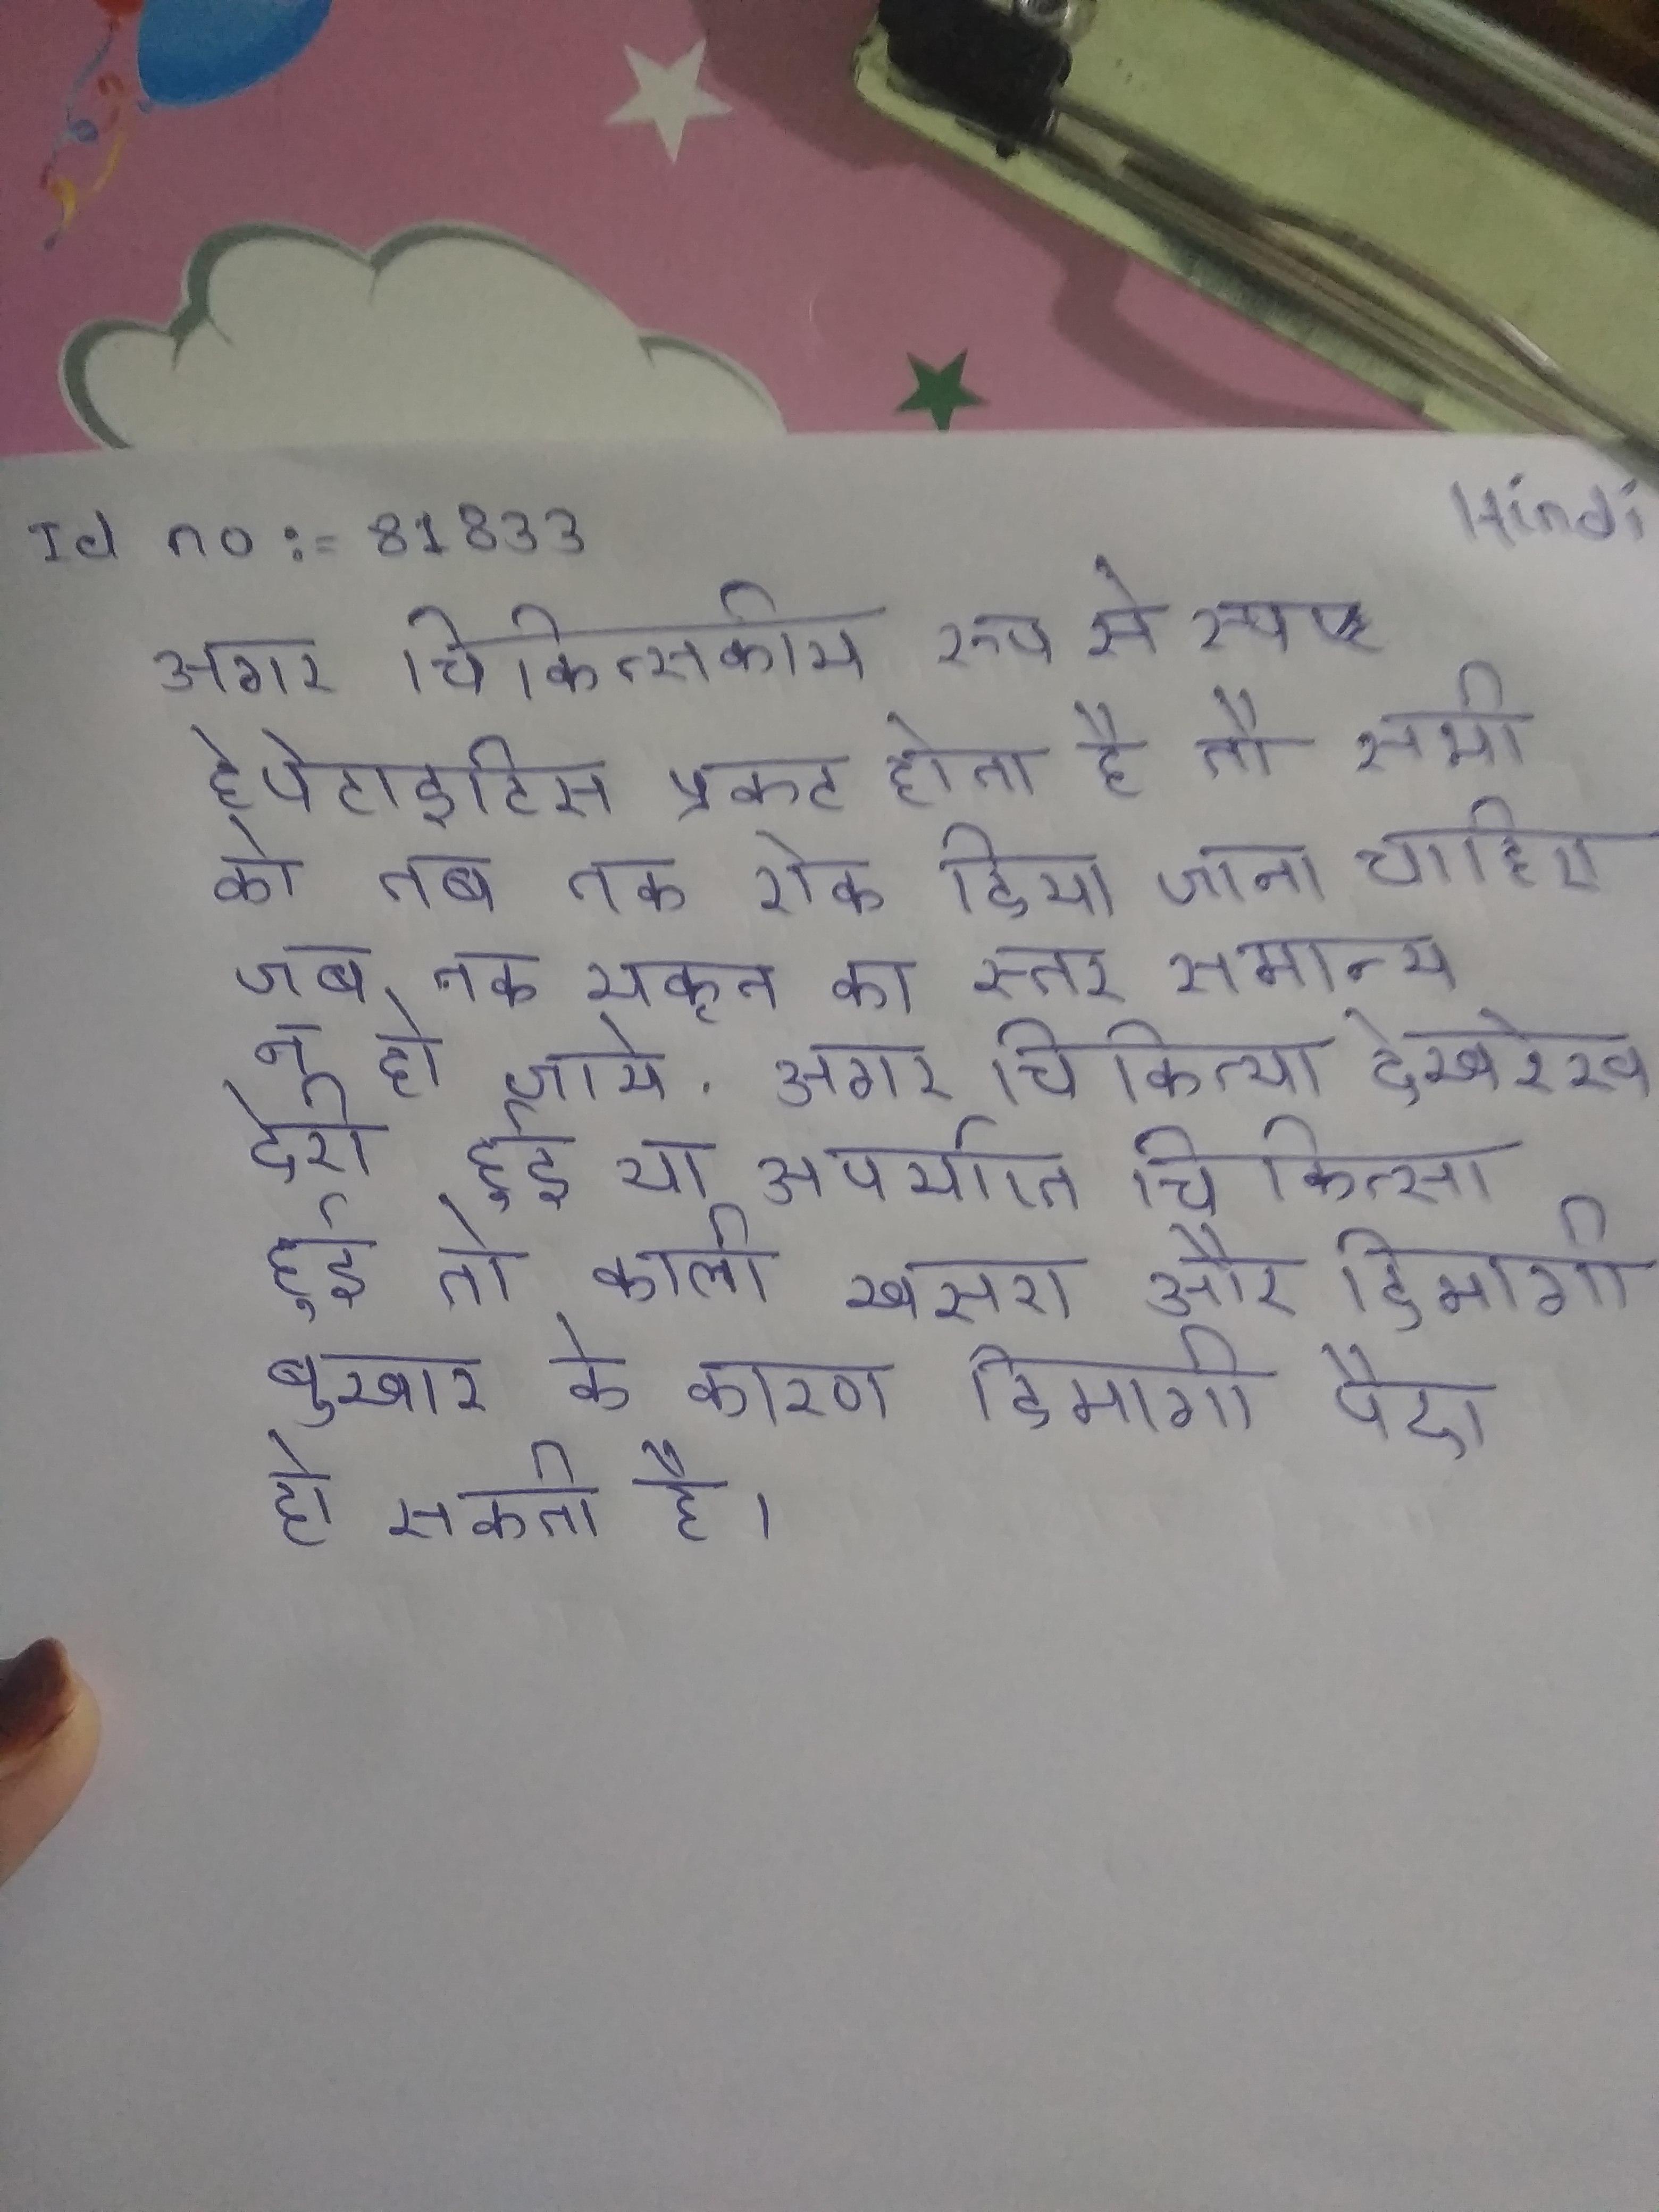
अगर चिकित्सकीय रूप से स्पष्ट हेपेटाइटिस प्रकट होता है तो सभी को तब तक रोक दिया जाना चाहिए जब तक यकृत का स्तर समान्य न हो जाये . अगर चिकित्सा देखरेख देरी हुई या अपर्याप्त चिकित्सा हुई तो काली खसरा और दिमागी बुखार के कारण दिमागी पैदा हो सकती है ।